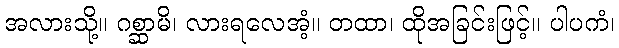
အလားသို့။ ဂစ္ဆာမိ၊ လားရလေအံ့။ တထာ၊ ထိုအခြင်းဖြင့်။ ပါပကံ၊